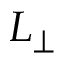
L _ { \perp }